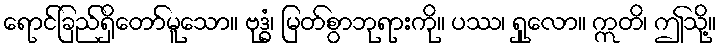
ရောင်ခြည်ရှိတော်မူသော။ ဗုဒ္ဓံ၊ မြတ်စွာဘုရားကို။ ပဿ၊ ရှုလော။ ဣတိ၊ ဤသို့။